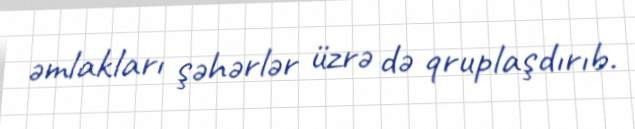
əmlakları şəhərlər üzrə də qruplaşdırıb.